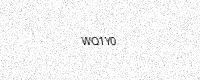
Text: WQ1Y0